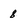
Character: 8